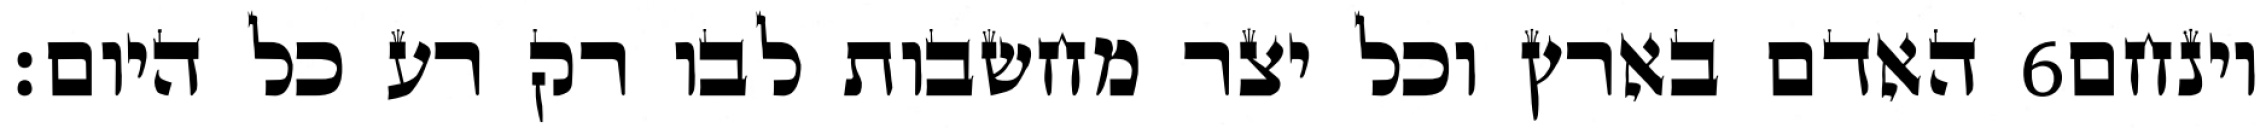
האדם בארץ וכל יצר מחשבות לבו רק רע כל היום׃ ‎6‏ וינחם